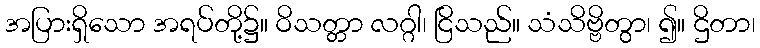
အပြားရှိသော အရပ်တို့၌။ ဝိသတ္တာ လဂ္ဂါ၊ ငြိသည်။ သံသိဗ္ဗိတွာ၊ ၍။ ဌိတာ၊